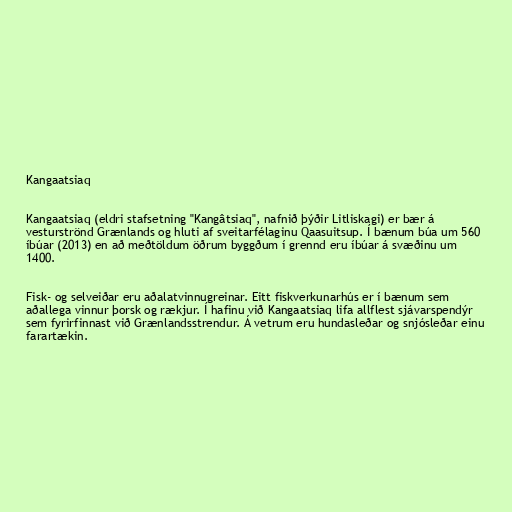
Kangaatsiaq

Kangaatsiaq (eldri stafsetning "Kangâtsiaq", nafnið þýðir Litliskagi) er bær á
vesturströnd Grænlands og hluti af sveitarfélaginu Qaasuitsup. Í bænum búa um 560
íbúar (2013) en að meðtöldum öðrum byggðum í grennd eru íbúar á svæðinu um
1400.

Fisk- og selveiðar eru aðalatvinnugreinar. Eitt fiskverkunarhús er í bænum sem
aðallega vinnur þorsk og rækjur. Í hafinu við Kangaatsiaq lifa allflest sjávarspendýr
sem fyrirfinnast við Grænlandsstrendur. Á vetrum eru hundasleðar og snjósleðar einu
farartækin.